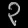
Digit: ၃